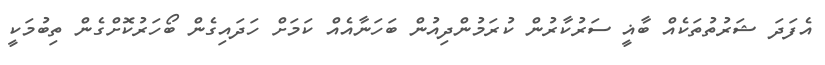
އެފަދަ ޝަރުތުތަކެއް ބާޣީ ސަރުކާރުން ކުރަމުންދިއުން ބަހަނާއެއް ކަމަށް ހަދައިގެން ބޯހަރުކޮށްގެން ތިބުމަކީ